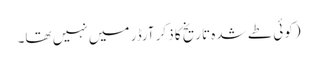
(کوئی طے شدہ تاریخ کا ذکر آرڈر میں نہیں تھا۔